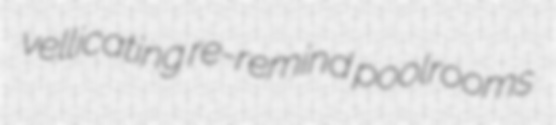
vellicating re-remind poolrooms